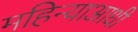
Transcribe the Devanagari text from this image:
महिन्याआधी